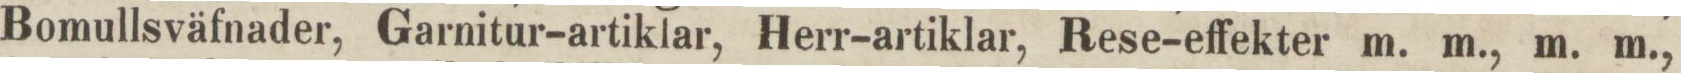
Bomullsväfnader, Garnitur-artiklar, Herr-artiklar, Rese-effekter m. m., m. m.,